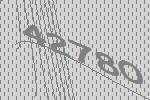
42780